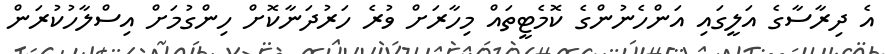
އެ ދިރާސާގެ އަލީގައި އަންހެނުންގެ ކޮމެޓީތައް މިހާރަށް ވުރެ ހަރުދަނާކޮށް ހިންގުމަށް އިސްލާހުކުރަން